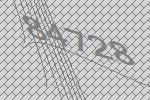
84728